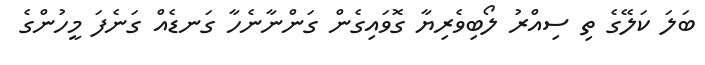
ބަލަ ކަލޭގެ ތި ސިއްރު ލޯބިވެރިޔާ ގޮވައިގެން ގަންނާނެހާ ގަނޑެއް ގަނެފަ މީހުންގެ